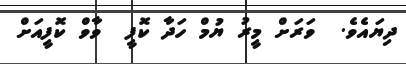
ދިޔައެވެ.  ވަރަށް މީރު ޔުމް ހަދާ ކޮފީ  ވާވް ކޮފީއަށް